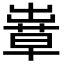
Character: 𦸶